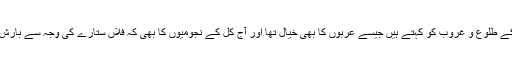
(نوء ستارے کے طلوع و غروب کو کہتے ہیں جیسے عربوں کا بھی خیال تھا اور آج کل کے نجومیوں کا بھی کہ فلاں ستارے کی وجہ سے بارش ہوئی وغیرہ)۔